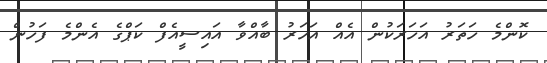
ކޮންމެ ހަތަރު އަހަރަކުން އެއް އަހަރު ބާއްވާ އައިސީއެފް ކަޕްގެ އެންމެ ފަހުން